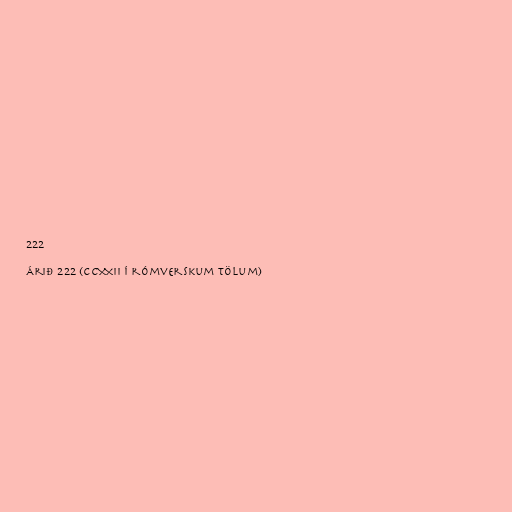
222

Árið 222 (CCXXII í rómverskum tölum)